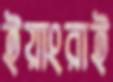
ইয়াংরাই